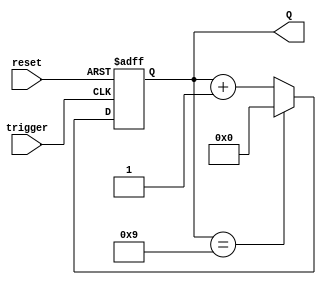
module BCD_Asynchronous_Counter (
    input wire trigger,       // Input trigger for counting
    input wire reset,         // Active high reset signal
    output reg [3:0] Q        // 4-bit output for BCD count
);

    // Asynchronous reset and counting logic
    always @(posedge trigger or posedge reset) begin
        if (reset) begin
            Q <= 4'b0000; // Reset the counter to 0
        end else begin
            if (Q == 4'b1001) begin
                Q <= 4'b0000; // Reset to 0 after reaching 9
            end else begin
                Q <= Q + 1; // Increment the counter
            end
        end
    end

endmodule